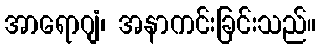
အာရောဂျံ၊ အနာကင်းခြင်းသည်။